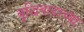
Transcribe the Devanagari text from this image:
बुद्धिवादाच्या